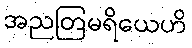
အညတြမရိယေဟိ